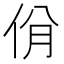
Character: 佾